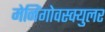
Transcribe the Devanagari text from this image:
मेनिंगोवस्क्युलर